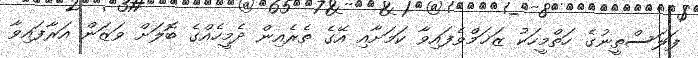
ފަލަސްތީނުގެ ހަތްމީހަކު ޒަޚަމްވެފައިވާ ކަމަށާއި އޭގެ ތެރެއިން ދެމީހެއްގެ ބޮލަށް ވަޒަން އަރާފައިވާ